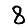
Digit: 8